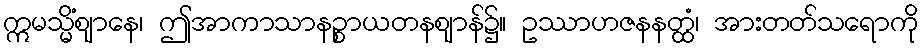
ဣမသ္မိံဈာနေ၊ ဤအာကာသာနဉ္စာယတနဈာန်၌။ ဥဿာဟဇနနတ္ထံ၊ အားတတ်သရောကို